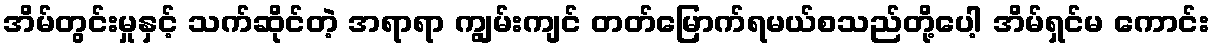
အိမ်တွင်းမှုနှင့် သက်ဆိုင်တဲ့ အရာရာ ကျွမ်းကျင် တတ်မြောက်ရမယ်စသည်တို့ပေါ့ အိမ်ရှင်မ ကောင်း